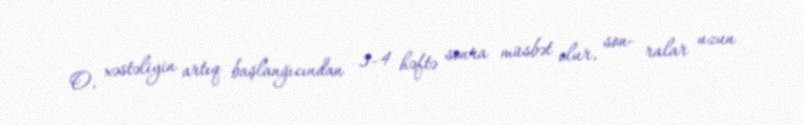
O, xəstəliyin artıq başlanğıcından 3–4 həftə sonra müsbət olur, son- ralar uzun